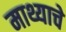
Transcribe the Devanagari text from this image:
माथ्याचे